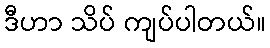
ဒီဟာ သိပ် ကျပ်ပါတယ်။